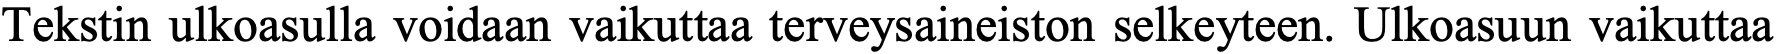
Tekstin ulkoasulla voidaan vaikuttaa terveysaineiston selkeyteen. Ulkoasuun vaikuttaa